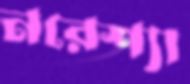
নরেশ্যা